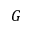
G